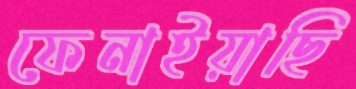
ফেনাইয়াছি